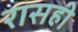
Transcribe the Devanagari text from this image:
रासही